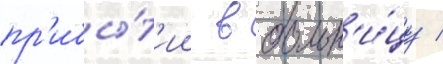
пр'ибы́т'ии в больн'и́цу /